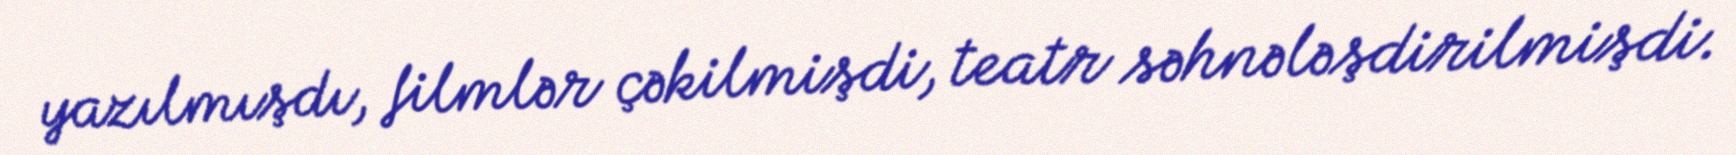
yazılmışdı, filmlər çəkilmişdi, teatr səhnələşdirilmişdi.